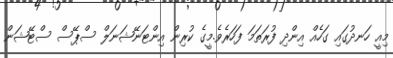
މިއީ ހަނދުގައި ގަހެއް އިންދި ފުރަތަމަ ފަހަރެވެ.މީގެ ކުރިން އިންޓަނޭޝަނަލް ސްޕޭސް ސްޓޭޝަން